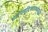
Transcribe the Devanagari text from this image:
ध्वनिमुद्रिकांमध्येसुद्धा